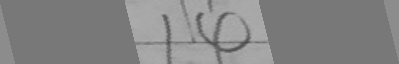
1 4